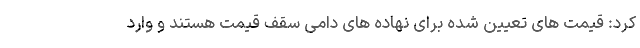
کرد: قیمت های تعیین شده برای نهاده های دامی سقف قیمت هستند و وارد